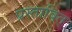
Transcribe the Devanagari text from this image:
प्रस्तावित्